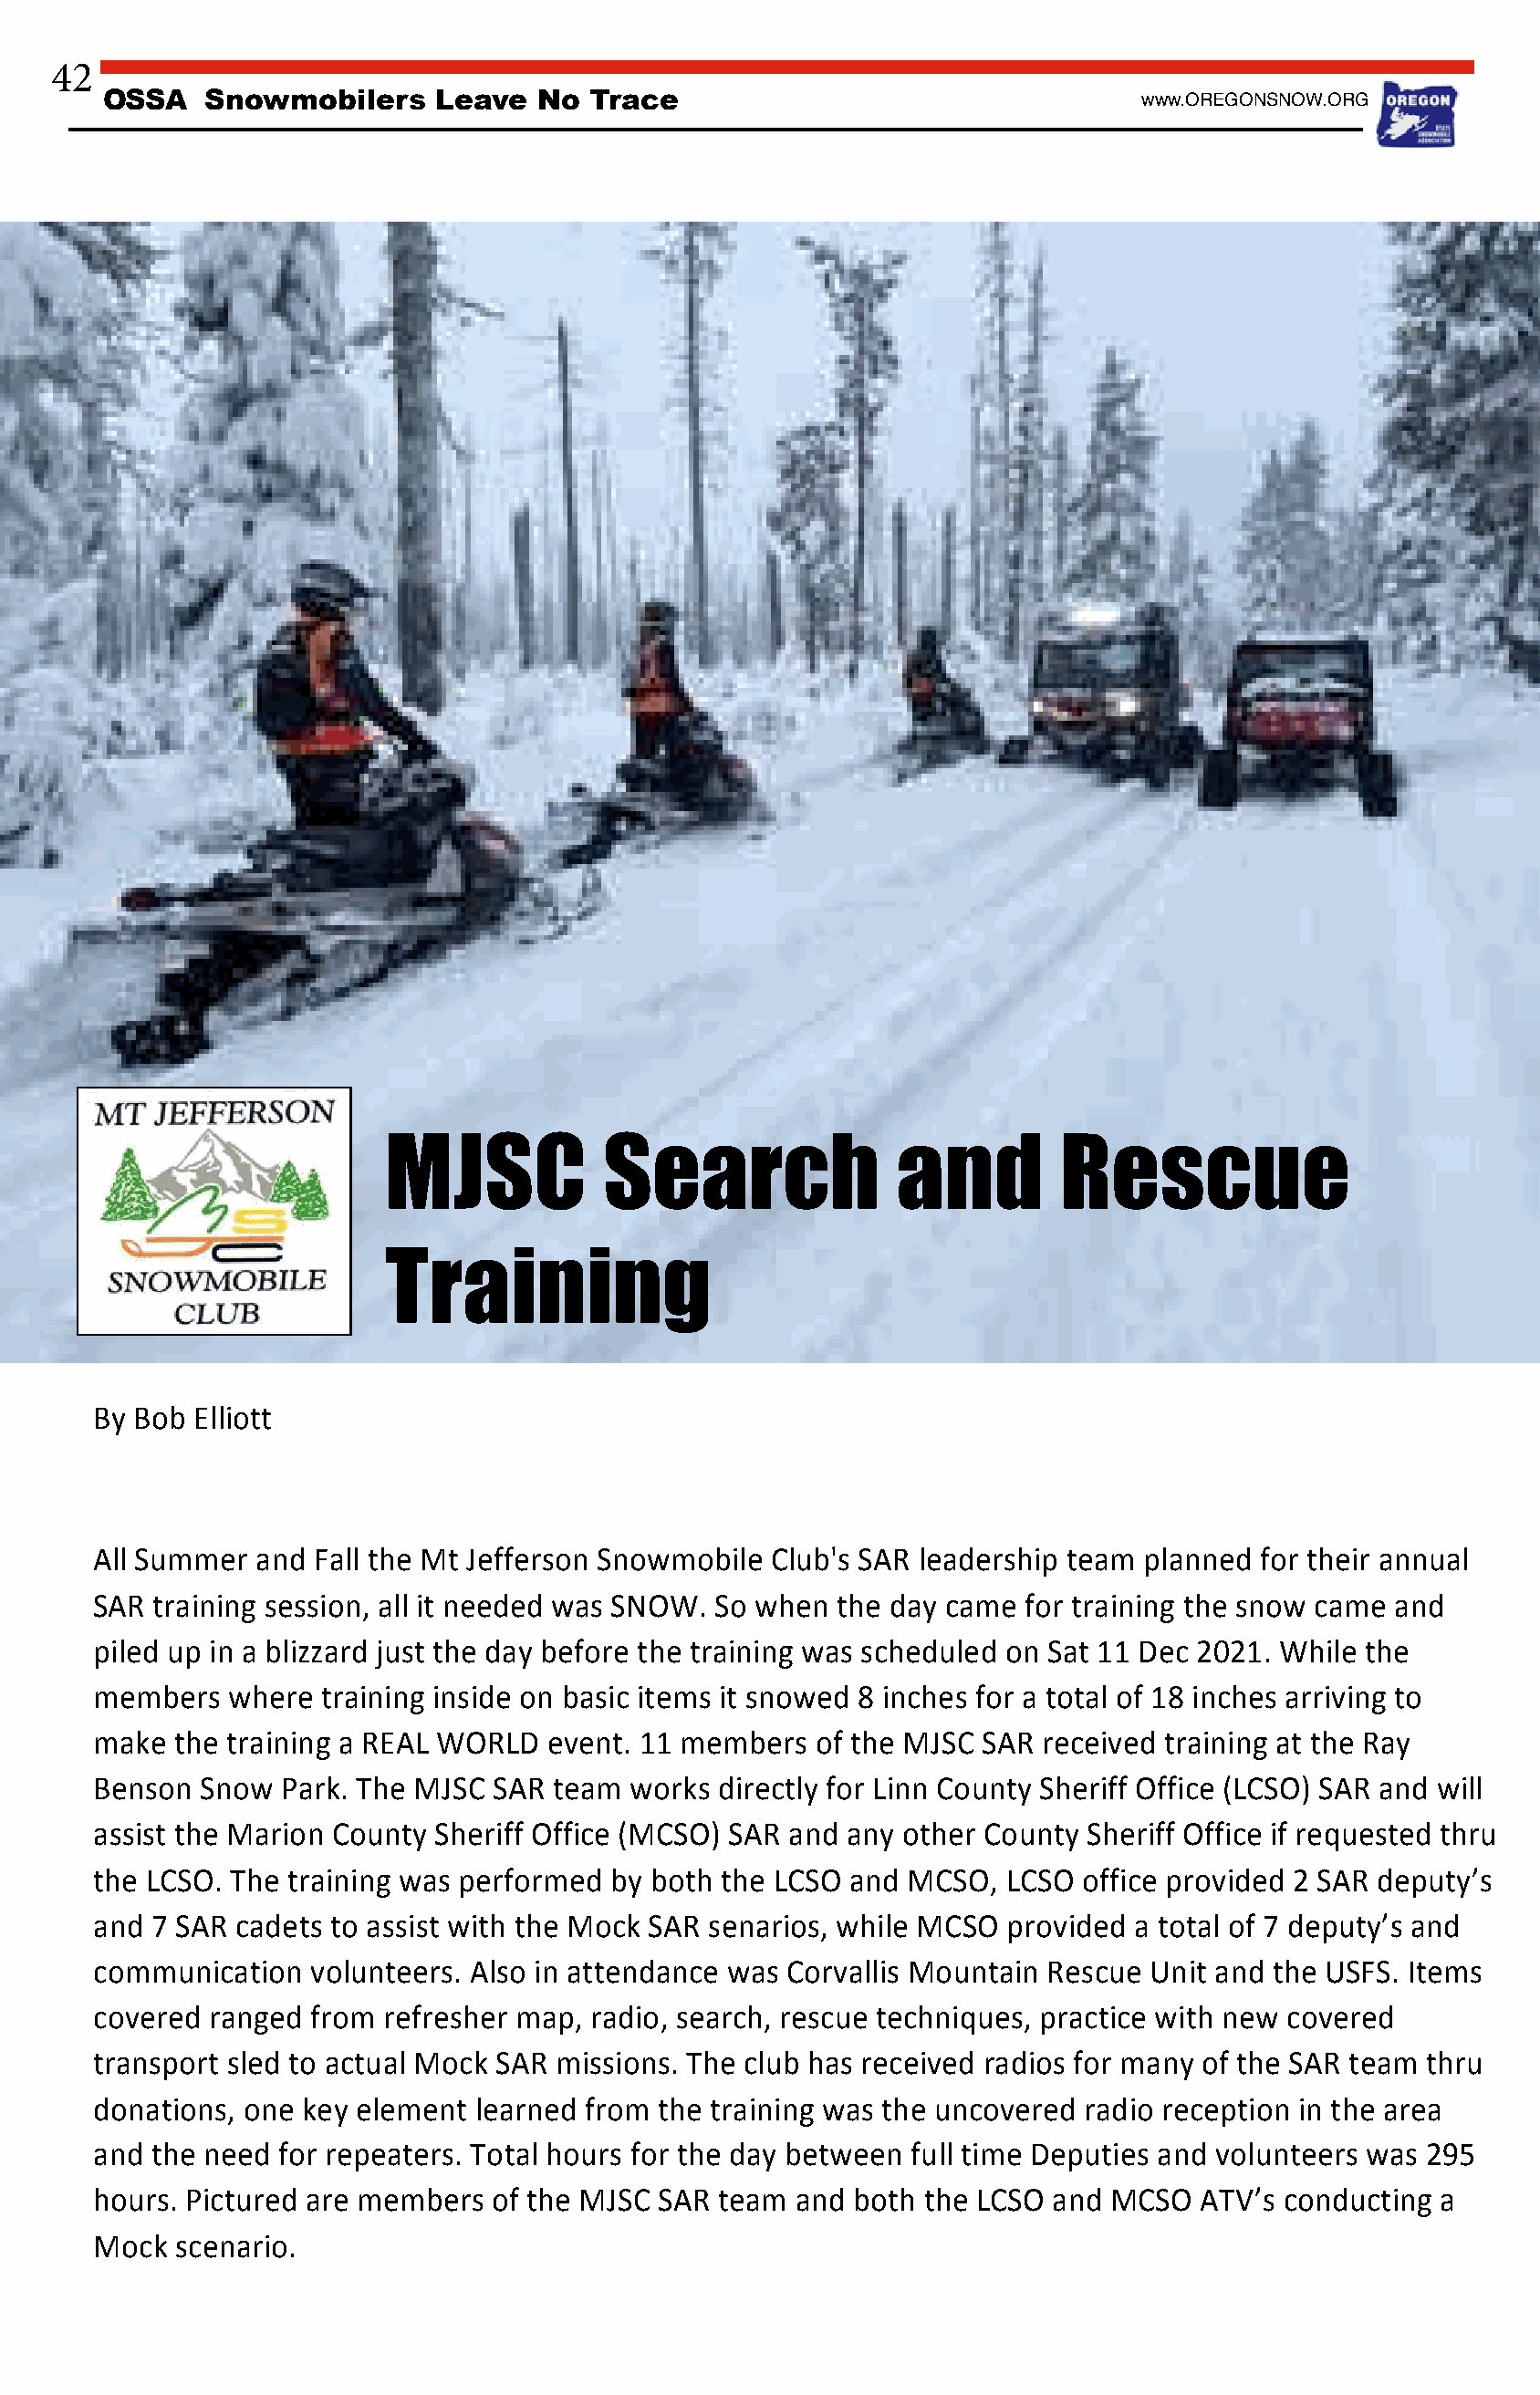
42
 OSSA    Snowmobilers     Leave  No  Trace                                   www.OREGONSNOW.ORG
 MJSC            Search               and         Rescue
 Training
 MJSC  Search and Rescue training
 By Bob Elliott
 All Summer  and Fall the Mt Jefferson Snowmobile Club's SAR leadership team planned for their annual
 SAR training session, all it needed was SNOW. So when the day came for training the snow came and
 piled up in a blizzard just the day before the training was scheduled on Sat 11 Dec 2021. While the
 members   where training inside on basic items it snowed 8 inches for a total of 18 inches arriving to
 make  the training a REAL WORLD  event. 11 members  of the MJSC SAR  received training at the Ray
 Benson  Snow Park. The MJSC  SAR team  works directly for Linn County Sheriff Office (LCSO) SAR and will
 assist the Marion County Sheriff Office (MCSO) SAR and any other County Sheriff Office if requested thru
 the LCSO. The training was performed by both the LCSO  and MCSO,  LCSO office provided 2 SAR deputy’s
 and 7 SAR cadets to assist with the Mock SAR senarios, while MCSO provided a total of 7 deputy’s and
 communication   volunteers. Also in attendance was Corvallis Mountain Rescue Unit and the USFS. Items
 covered ranged  from refresher map, radio, search, rescue techniques, practice with new covered
 transport sled to actual Mock SAR missions. The club has received radios for many of the SAR team thru
 donations, one key element learned from  the training was the uncovered radio reception in the area
 and the need for repeaters. Total hours for the day between full time Deputies and volunteers was 295
 hours. Pictured are members  of the MJSC SAR team  and both the LCSO and  MCSO  ATV’s conducting a
 Mock  scenario.